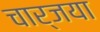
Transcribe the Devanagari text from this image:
चार्जया